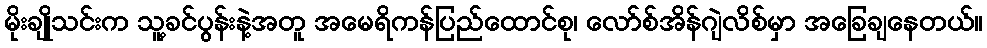
မိုးချိုသင်းက သူ့ခင်ပွန်းနဲ့အတူ အမေရိကန်ပြည်ထောင်စု၊ လော်စ်အိန်ဂျဲလိစ်မှာ အခြေချနေတယ်။